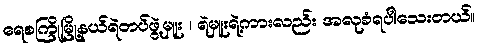
ရေစကြိုမြို့နယ်ရဲတပ်ဖွဲ့မှူး ၊ ရဲမှူးရဲ့ကားလည်း အလုခံရပါသေးတယ်။